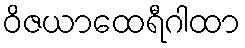
ဝိဇယာထေရီဂါထာ